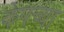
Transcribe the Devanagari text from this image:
केपच्या